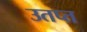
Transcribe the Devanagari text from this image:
उतप्त